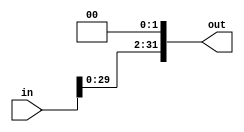
module shift2(out, in);

output [31:0] out;
input [31:0] in;

assign out = in << 2;


endmodule